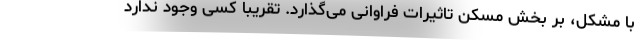
با مشکل، بر بخش مسکن تاثیرات فراوانی می‌گذارد. تقریبا کسی وجود ندارد